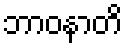
ဘာဝနာတိ